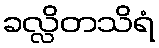
ခလ္လိတသိရံ